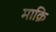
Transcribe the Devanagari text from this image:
माक्रि